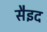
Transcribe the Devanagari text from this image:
सैइद